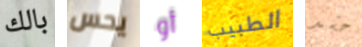
بالك يحس أو الطبيب حشد